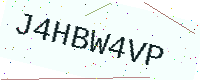
Text: J4HBW4VP